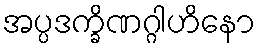
အပ္ပဒက္ခိဏဂ္ဂါဟိနော